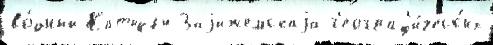
во́дный Катыдъю Заjижемскаjа г'еограф'и́ческ'их